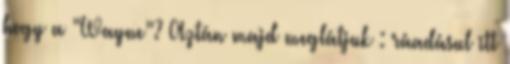
hogy a “Wayne”? Aztán majd meglátjuk : ráadásul itt